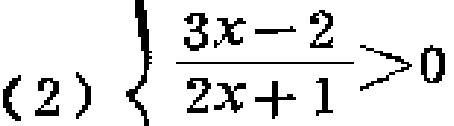
(2) $\left\{\frac{3x - 2}{2x + 1}>0\right.$